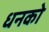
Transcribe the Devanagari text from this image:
धनको